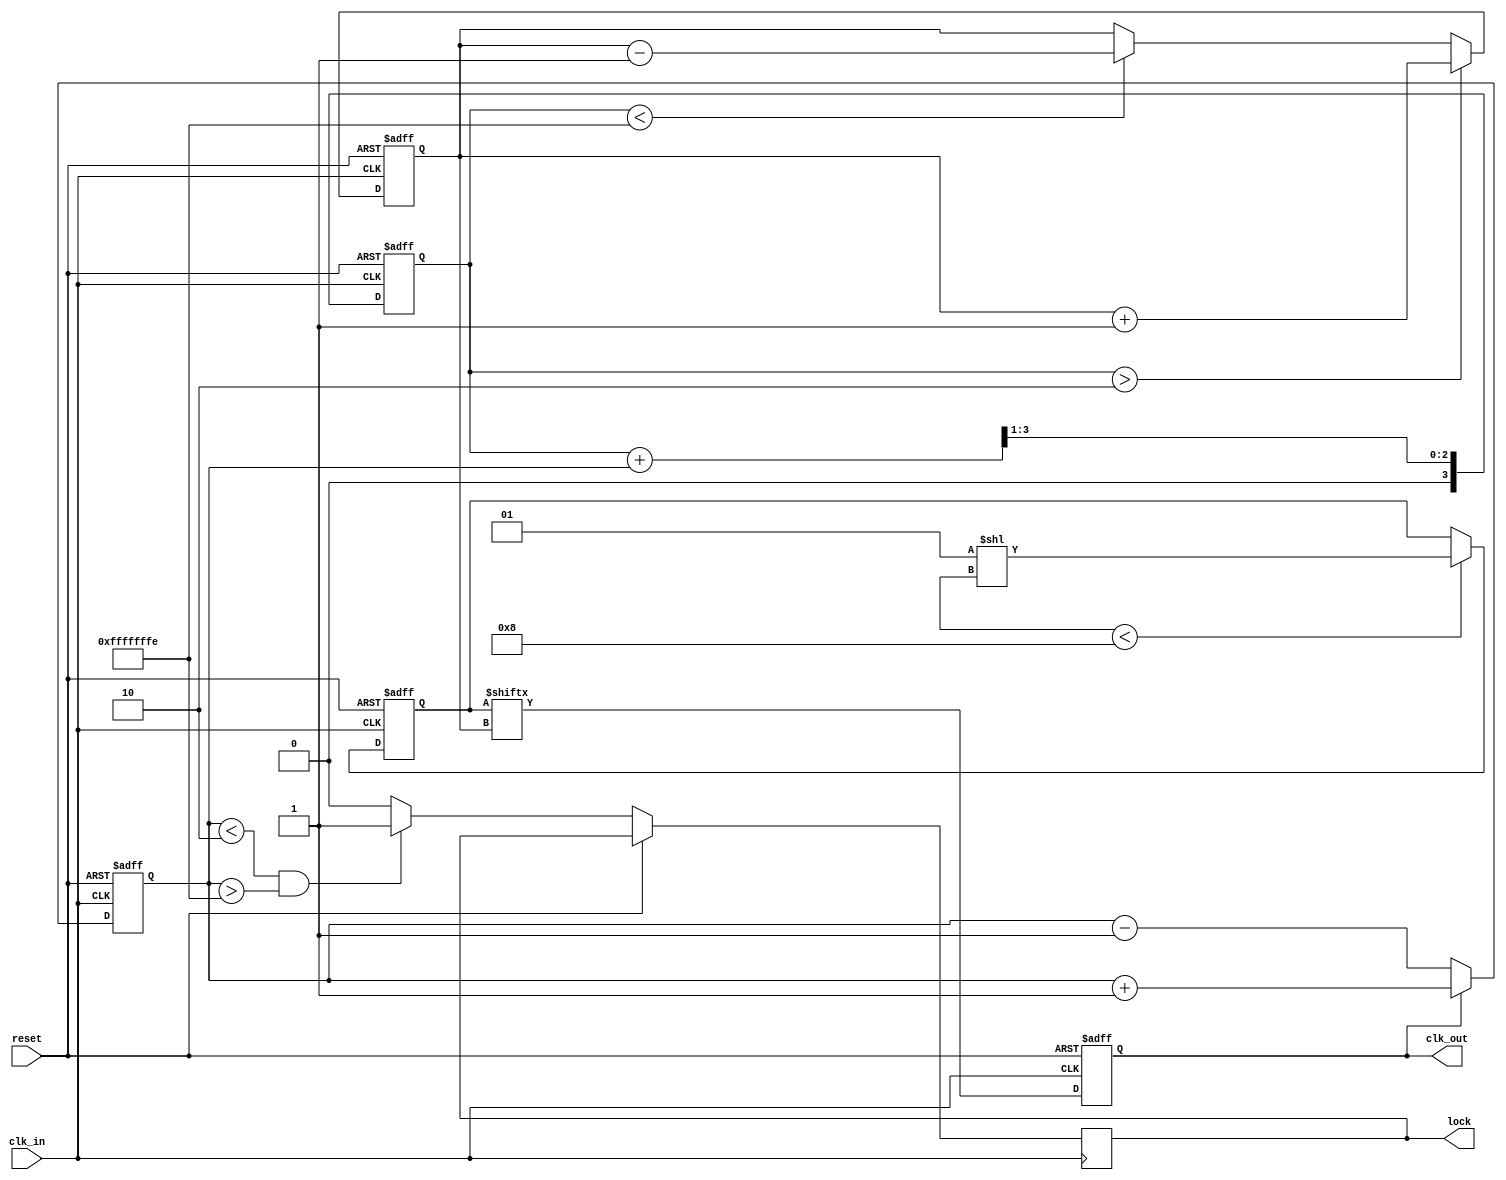
module dll (
    input wire clk_in,            // Input clock
    input wire reset,             // Reset signal
    output reg clk_out,           // Output clock
    output reg lock               // Lock signal
);

// Parameters for the DLL
parameter DELAY_STAGES = 8;     // Number of delay stages in VCDL
parameter LOCK_THRESHOLD = 2;    // Phase error threshold for lock detection

// Internal signals
reg [DELAY_STAGES-1:0] delay_line; // Delay line (VCDL)
reg [3:0] phase_error;            // Phase error signal
reg [3:0] control_signal;          // Control signal for delay adjustment
reg [3:0] loop_filter;             // Loop filter output
reg [3:0] phase_detector;          // Phase detector output
reg [3:0] delay_index;             // Current delay stage index

// Phase Detector (PD)
always @(posedge clk_in or posedge reset) begin
    if (reset) begin
        phase_detector <= 0;
    end else begin
        // Simple phase detection logic
        if (clk_out) begin
            phase_detector <= phase_detector + 1; // Increment if CLK_OUT is high
        end else begin
            phase_detector <= phase_detector - 1; // Decrement if CLK_OUT is low
        end
    end
end

// Loop Filter (LF)
always @(posedge clk_in or posedge reset) begin
    if (reset) begin
        loop_filter <= 0;
    end else begin
        // Simple first-order loop filter
        loop_filter <= (loop_filter + phase_detector) >> 1; // Averaging
    end
end

// Voltage-Controlled Delay Line (VCDL)
always @(posedge clk_in or posedge reset) begin
    if (reset) begin
        delay_line <= 0;
        delay_index <= 0;
        clk_out <= 0;
    end else begin
        // Update delay line based on control signal
        if (control_signal < DELAY_STAGES) begin
            delay_line <= (1 << control_signal); // Set the appropriate delay stage
        end
        
        // Generate output clock based on delay line
        clk_out <= delay_line[delay_index];
        
        // Update delay index based on loop filter output
        if (loop_filter > LOCK_THRESHOLD) begin
            delay_index <= delay_index + 1; // Increase delay
        end else if (loop_filter < -LOCK_THRESHOLD) begin
            delay_index <= delay_index - 1; // Decrease delay
        end
        
        // Lock detection
        if (phase_detector < LOCK_THRESHOLD && phase_detector > -LOCK_THRESHOLD) begin
            lock <= 1; // Lock achieved
        end else begin
            lock <= 0; // Not locked
        end
    end
end

endmodule